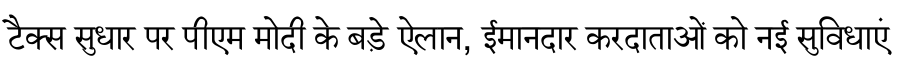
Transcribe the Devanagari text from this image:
टैक्स सुधार पर पीएम मोदी के बड़े ऐलान, ईमानदार करदाताओं को नई सुविधाएं